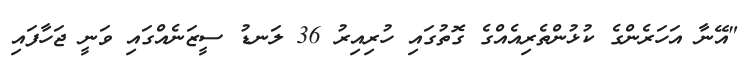
"އޭނާ އަހަރެންގެ ކުޅުންތެރިއެއްގެ ގޮތުގައި ހުރިއިރު 36 ލަނޑު ސީޒަނެއްގައި ވަނީ ޖަހާފައި